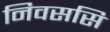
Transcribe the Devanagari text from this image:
निवससि